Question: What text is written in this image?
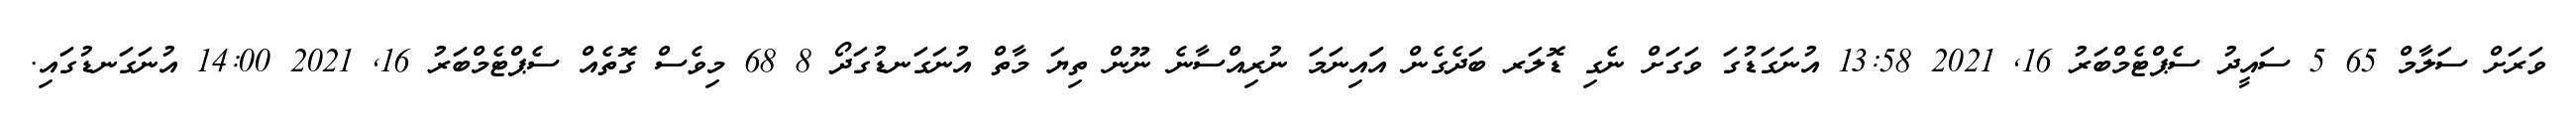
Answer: ވަރަށް ސަލާމް 65 5 ސައީދު ސެޕްޓެމްބަރު 16, 2021 13:58 އުނަގަޑުގަ ވަގަށް ނެގި ޑޮލަރ ބަދެގެން އަައިނަމަ ނުރިއްސާނެ ނޫން ތިޔަ މާތް އުނަގަނޑުގަދޯ 8 68 މިވެސް ގޮތެއް ސެޕްޓެމްބަރު 16, 2021 14:00 އުނަގަނޑުގައި.